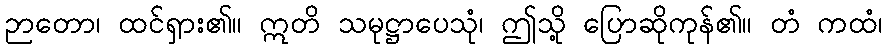
ဉာတော၊ ထင်ရှား၏။ ဣတိ သမုဋ္ဌာပေသုံ၊ ဤသို့ ပြောဆိုကုန်၏။ တံ ကထံ၊